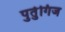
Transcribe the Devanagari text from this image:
पुर्तुगिज